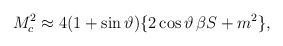
\begin{align*}M_c^2 \approx 4(1+\sin\vartheta)\{2\cos\vartheta\,\beta S + m^2\},\end{align*}